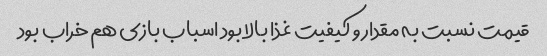
قیمت نسبت به مقدار و کیفیت غذا بالا بود اسباب بازی هم خراب بود